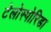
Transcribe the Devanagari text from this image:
टेलोस्पोरिडा